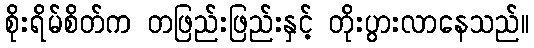
စိုးရိမ်စိတ်က တဖြည်းဖြည်းနှင့် တိုးပွားလာနေသည်။